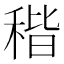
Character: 𥟠